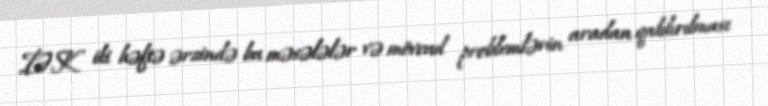
İƏK iki həftə ərzində bu məsələlər və mövcud problemlərin aradan qaldırılması